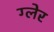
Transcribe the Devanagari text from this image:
ग्लेर